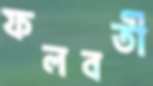
ফলবতী